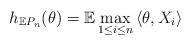
LaTeX: \begin{align*}h_{\mathbb{E}P_{n}}(\theta )=\mathbb{E}\max_{1\leq i\leq n}\left\langle\theta ,X_{i}\right\rangle \end{align*}